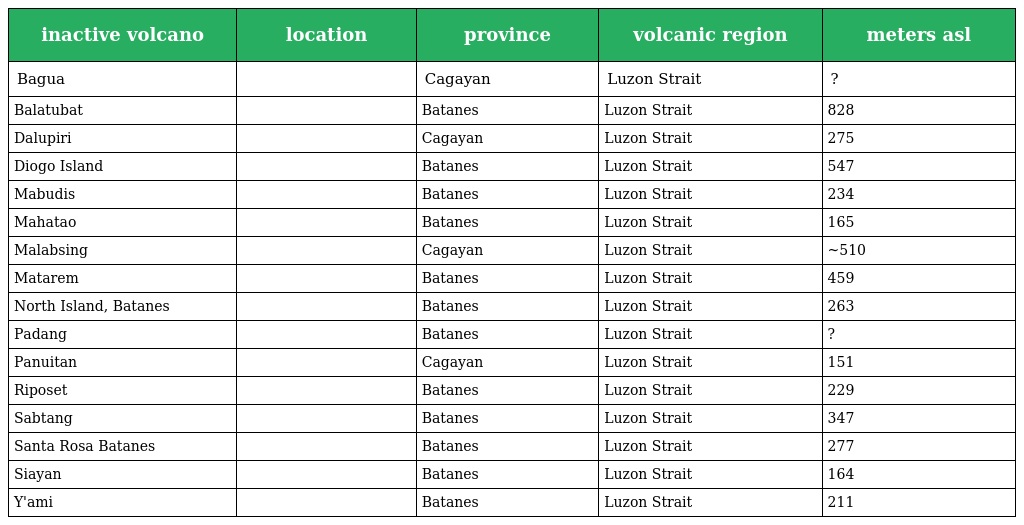
| inactive volcano | location | province | volcanic region | meters asl |
 | --- | --- | --- | --- | --- |
 | Bagua |  | Cagayan | Luzon Strait | ? |
 | Balatubat |  | Batanes | Luzon Strait | 828 |
 | Dalupiri |  | Cagayan | Luzon Strait | 275 |
 | Diogo Island |  | Batanes | Luzon Strait | 547 |
 | Mabudis |  | Batanes | Luzon Strait | 234 |
 | Mahatao |  | Batanes | Luzon Strait | 165 |
 | Malabsing |  | Cagayan | Luzon Strait | ~510 |
 | Matarem |  | Batanes | Luzon Strait | 459 |
 | North Island, Batanes |  | Batanes | Luzon Strait | 263 |
 | Padang |  | Batanes | Luzon Strait | ? |
 | Panuitan |  | Cagayan | Luzon Strait | 151 |
 | Riposet |  | Batanes | Luzon Strait | 229 |
 | Sabtang |  | Batanes | Luzon Strait | 347 |
 | Santa Rosa Batanes |  | Batanes | Luzon Strait | 277 |
 | Siayan |  | Batanes | Luzon Strait | 164 |
 | Y'ami |  | Batanes | Luzon Strait | 211 |